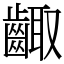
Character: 齱